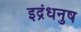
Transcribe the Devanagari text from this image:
इद्रंधनुष